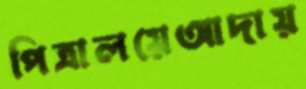
পিত্রালয়েআদায়